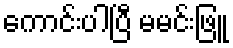
ကောင်းပါပြီ မမင်းဖြူ